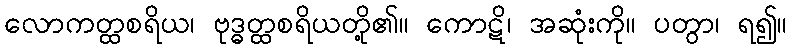
လောကတ္ထစရိယ၊ ဗုဒ္ဓတ္ထစရိယတို့၏။ ကောဋိ၊ အဆုံးကို။ ပတွာ၊ ရ၍။